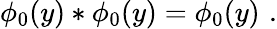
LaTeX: \phi_{0}(y)*\phi_{0}(y)=\phi_{0}(y)\, \, .